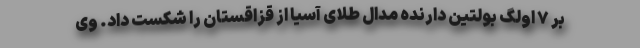
بر ۷ اولگ بولتین دارنده مدال طلای آسیا از قزاقستان را شکست داد. وی